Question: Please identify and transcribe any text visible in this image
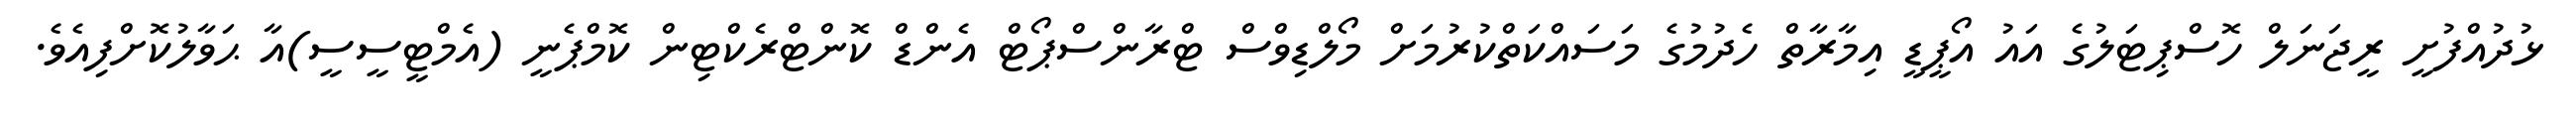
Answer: ޅުދުއްފުށީ ރީޖަނަލް ހޮސްޕިޓަލުގެ އައު އޯޕީޑީ އިމާރާތް ހެދުމުގެ މަސައްކަތްކުރުމަށް މޯލްޑިވްސް ޓްރާންސްޕޯޓް އެންޑް ކޮންޓްރެކްޓިން ކޮމްޕެނީ (އެމްޓީސީސީ)އާ ޙަވާލުކޮށްފިއެވެ.